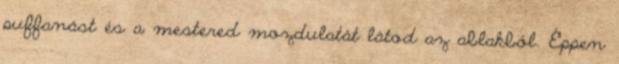
puffanást és a mestered mozdulatát látod az ablakból. Éppen